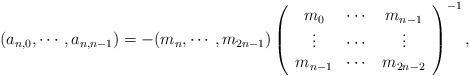
LaTeX: \begin{align*}(a_{n,0},\cdots,a_{n,n-1})=-(m_n,\cdots,m_{2n-1})\left(\begin{array}{cccc}m_0&\cdots&m_{n-1}\\\vdots&\cdots&\vdots\\m_{n-1}&\cdots&m_{2n-2}\end{array}\right)^{-1},\end{align*}